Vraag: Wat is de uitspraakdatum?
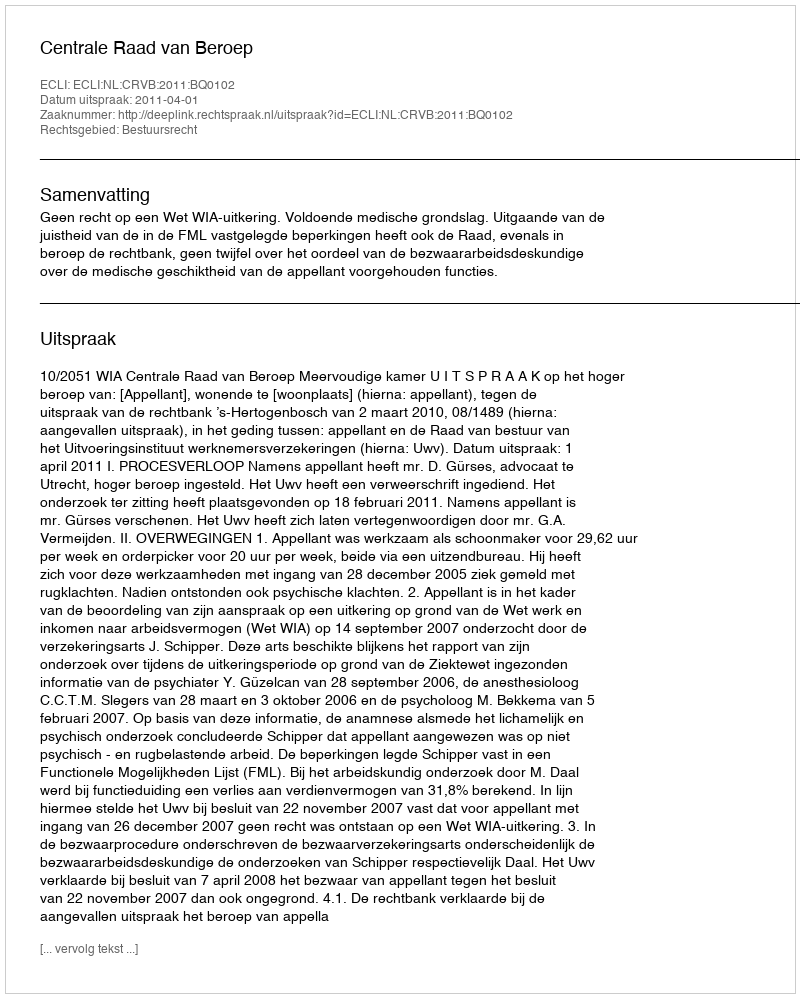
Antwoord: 2011-04-01